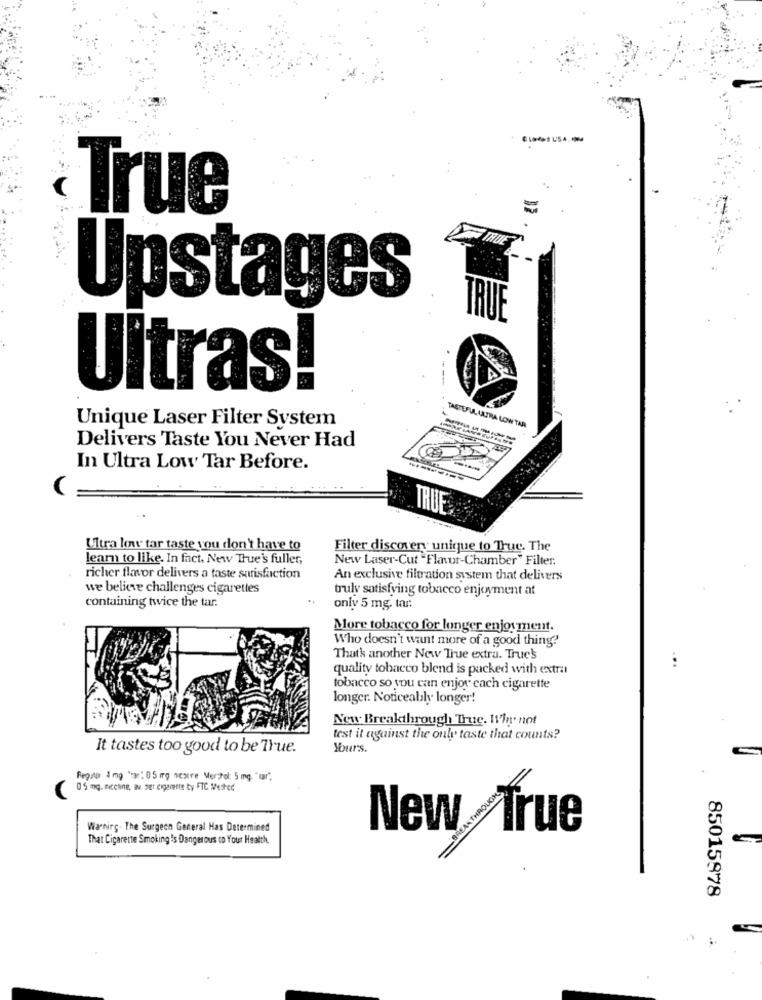
True
Upstages
TRUE
Ultras!
Unique Laser Filter System
TASTEFUL ULTRA LOW TAR
Delivers Taste You Never Had
In Ultra Low Tar Before.
TRUE
Ultra low tar taste you don't have to
Filter discovery unique to True. The
learn to like. In fact. New True's fuller,
New Laser-Cut "Flavur-Chamber" Filter.
richer flavor delivers a taste satisfaction
An exclusive filtration system that delivers
we believe challenges cigarettes
truly satisfying tobacco enjoyment at
containing twice the tar.
only 5 mg. tar:
More tobacco for longer enjoyment.
Who doesn't want more of a good thing?'
Thatk another Now True extra. True's
...
quality tobacco blend is packed with extra
tobacco so you can enjoy each cigarette
longer. Noticeably longer!
New Breakthrough True. Why not
test it against the only taste that counts?
It tastes too good to be True.
Yours.
Regular 4 mg "war : 05 mg nestre Mershol: 5 mg. " tar"
05 mg. niccine, au zef cigarette ty FTC Mested
Warning. The Surgeon General Has Determined
New True
That Cigarette Smoking is Dangerous to Your Health,
85015978